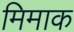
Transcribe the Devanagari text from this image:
मिमाक